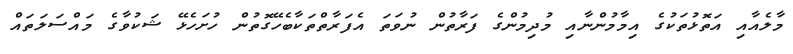
މާލެއާއި އަތޮޅުތަކުގެ އިމާމުންނާއި މުދިމުންގެ ފަރާތުން ނުވަތަ އެފަރާތްތަކާބެހޭގޮތުން ހުށަހެޅޭ ޝަކުވާގެ މައްސަލަތައް